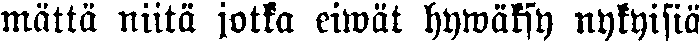
matta niitä jotka eiwät hywäksy nykyisiä